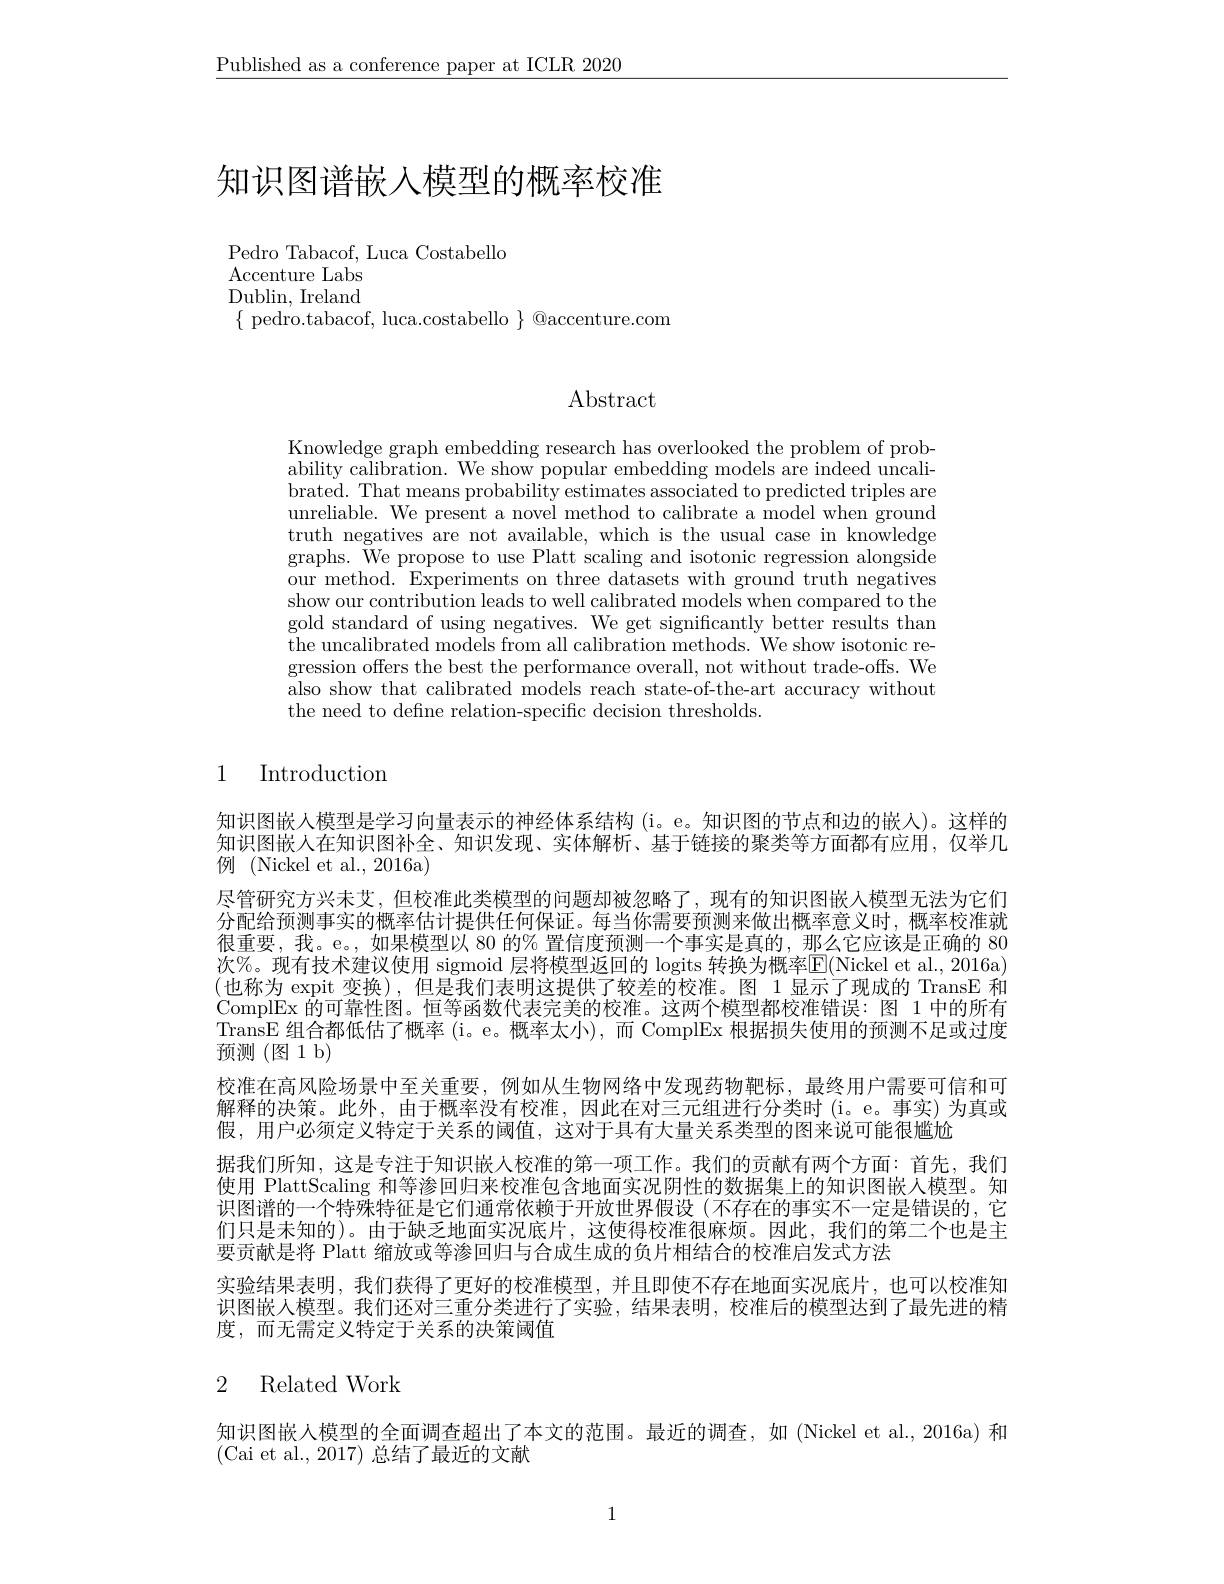
$\underline{\text{Published as a conference paper at ICLR 2020}}$

# 知识图谱嵌人模型的概率校准

Pedro Tabacof, Luca Costabello
Accenture Labs ${\mathrm{Dublin,~Ireland}}$ $\{$ pedro.tabacof, luca.costabello $\}$ @accenture.com

# Abstract

Knowledge graph embedding research has overlooked the problem of probability calibration. We show brated. That means probability estimates associated to predicted triples are unreliable. We present a nov truth negatives are not available, which is the usual case in knowledge graphs. We propose to use Platt scaling and isotonic regression alongside our method. Experiments on t show our contribution leads to well calibrated models when compared to the gold standard of using negat the uncalibrated models from gression offers the best the also show that calibrated mo the need to define relation-

# 1 Introduction

知识图嵌入模型是学习向量表示的神经体系结构 (i。e。知知识图嵌人在知识图补全、知识发现、实体解析、基于链接的聚例 (Nickel et al., 2016a)
尽管研究方兴未艾，但校准此类模型的问题却被忽略了，现有的知识图嵌入模型无法为它们分配给预测事实的概率估计提供任何保证。每当你需要预测来做很重要，我。e。,如果模型以 80 的% 置信度预测一个事实是真的，那么它应该是正确的 80次%。现有技术建议使用 sigmoid 层将模型返回的 (也称为 expit 变换),但是我们表明这提供了较ComplEx 的可靠性图。恒等函数代表完美的校准。这两个模型都校准错误：图 1 中的所有TransE 组合都低估了概率 (i。e。概率太小),而预测(图1b)
校准在高风险场景中至关重要，例如从生物网络中发现药物靶标，最终用户需要可信和可解释的决策。此外，由于概率没有校准，因此在对三元组进行分类时(i。e。事实)为真或假，用户必须定义特定于关系的阈值，这对于具有大量关系类型的图来说可能很尴尬
据我们所知，这是专注于知识嵌人校准的第一项工作。我们的贡献有两个方面：首先，我们使用 PlattScaling 和等渗回归来校准包含地面实况阴性的数据集上的知识图嵌人模型。知识图谱的一个特殊特征是它们通常依赖于开放世界假设(不存在的事实不一定是错误的，它们只是未知的)。由于缺乏地面实况底片，这使得校准很麻烦。因此，我们的第二个也是主要贡献是将 Platt 缩放或等渗回归与合成生成的负片相
实验结果表明，我们获得了更好的校准模型，并且即使不存在地面实况底片，也可以校准知识图嵌人模型。我们还对三重分类进行了实验，结果表明，校准度，而无需定义特定于关系的决策阈值

# 2 Related Work

知识图嵌人模型的全面调查超出了本文的范围。最近的调查，如
(Cai et al., 2017) 总结了最近的文献

1